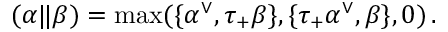
( \alpha \| \beta ) = \operatorname * { m a x } ( \{ \alpha ^ { \vee } , \tau _ { + } \beta \} , \{ \tau _ { + } \alpha ^ { \vee } , \beta \} , 0 ) \, .